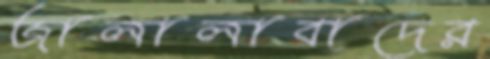
জালালাবাদের